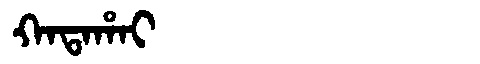
Manchu: ᡴᠠᡨᠠᡥᠠᡳ
Romanization: KATAHAI